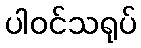
ပါဝင်သရုပ်